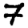
Digit: 7